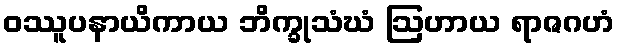
ဝဿူပနာယိကာယ ဘိက္ခုသံဃံ ဩဟာယ ရာဇဂဟံ